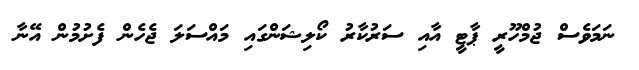
ނަމަވެސް ޖުމްހޫރީ ޕާޓީ އާއި ސަރުކާރު ކޯލިޝަންގައި މައްސަލަ ޖެހެން ފެށުމުން އޭނާ